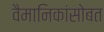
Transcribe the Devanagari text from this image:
वैमानिकांसोबत